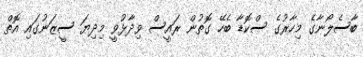
ބާސެލޯނާގެ މިހާރުގެ ސްކޮޑާ ބެހޭ ގޮތުން ރައީސް ވިދާޅުވީ މިދިޔަ ސީޒަނުގައި އޮތް